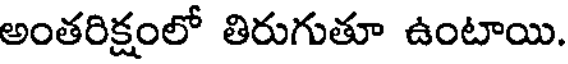
అంతరిక్షంలో తిరుగుతూ ఉంటాయి.